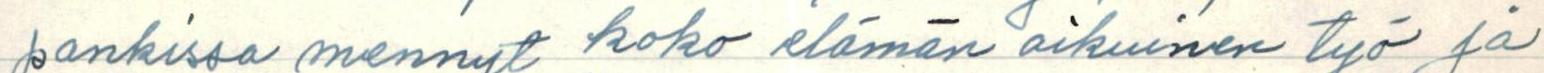
pankissa mennyt koko elämän aikuinen työ ja